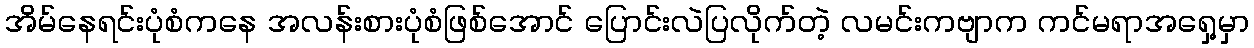
အိမ်နေရင်းပုံစံကနေ အလန်းစားပုံစံဖြစ်အောင် ပြောင်းလဲပြလိုက်တဲ့ လမင်းကဗျာက ကင်မရာအရှေ့မှာ